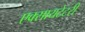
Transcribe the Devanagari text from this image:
एक्सायटेटरी